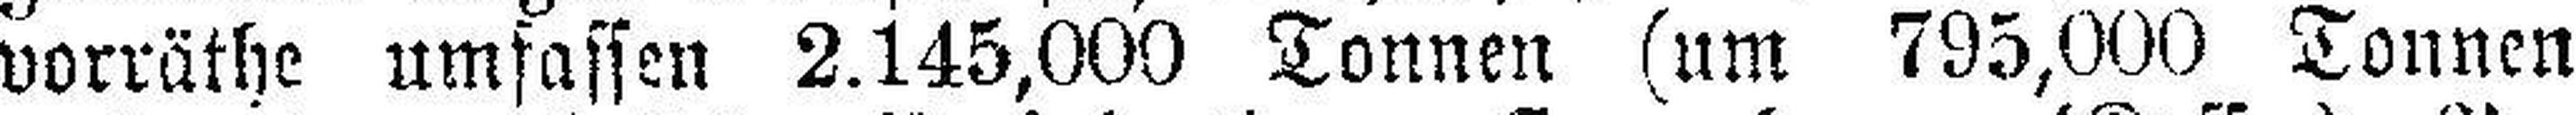
vorräthe umfassen 2.145,000 Tonnen (um 795,000 Tonnen